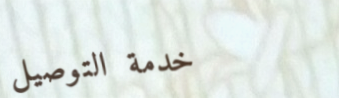
خدمة التوصيل